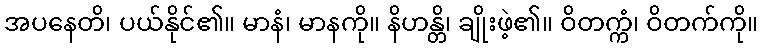
အပနေတိ၊ ပယ်နိုင်၏။ မာနံ၊ မာနကို။ နိဟန္တိ၊ ချိုးဖဲ့၏။ ဝိတက္ကံ၊ ဝိတက်ကို။